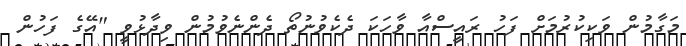
މަގާމުން ވަކިކުރުމަށް ފަހު ރައީސްއާ ވާހަކަ ދެކެވުނުތޯ ދެންނެވުމުން ވިދާޅުވީ "އޭގެ ފަހުން